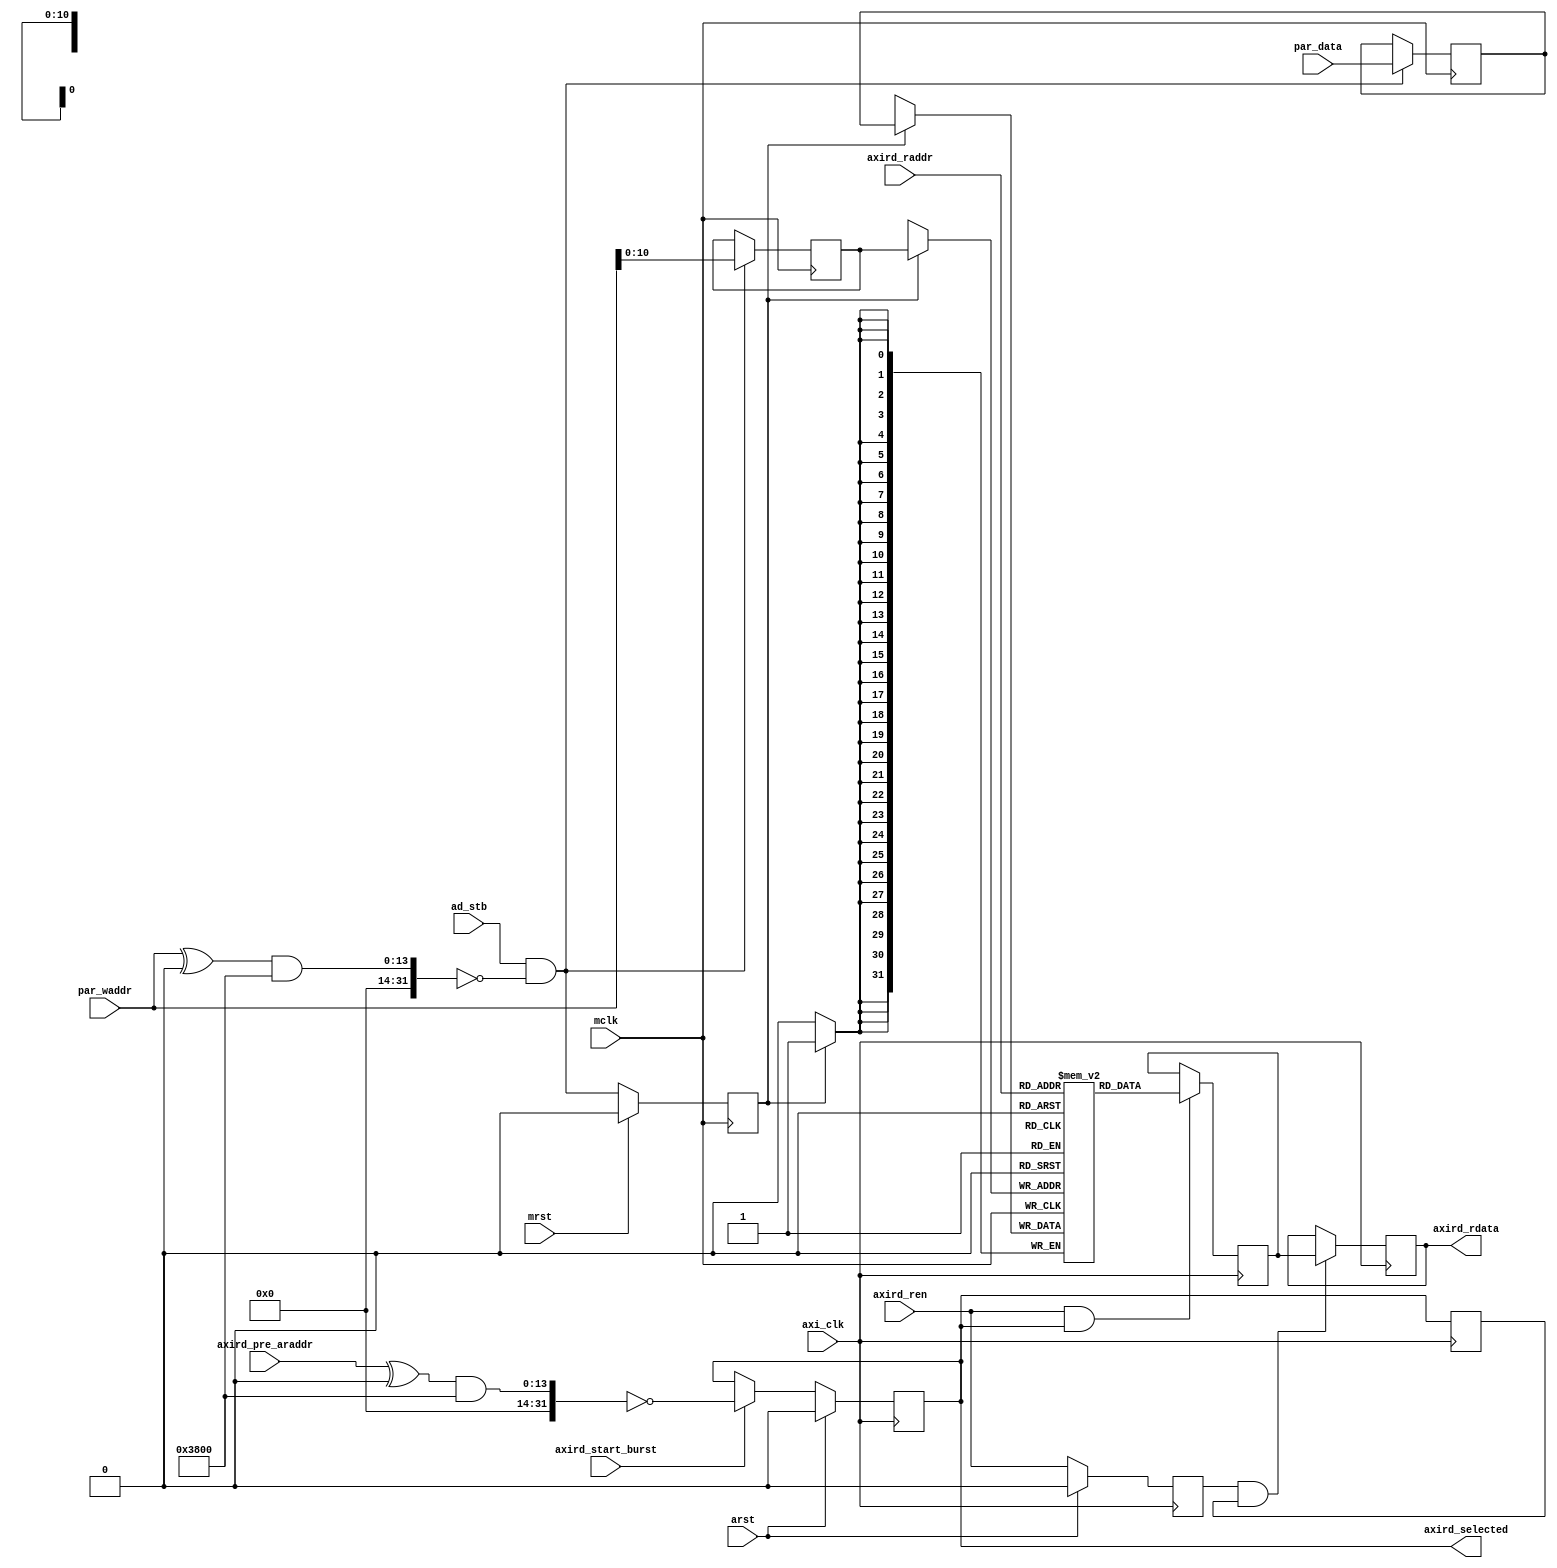
// This program was cloned from: https://github.com/Elphel/x393
// License: GNU General Public License v3.0

/*!
 * <b>Module:</b>cmd_readback
 * @file cmd_readback.v
 * @date 2015-05-05  
 * @author Andrey Filippov     
 *
 * @brief Store control register data and readback
 *
 * @copyright Copyright (c) 2015 Elphel, Inc.
 *
 * <b>License:</b>
 *
 * cmd_readback.v is free software; you can redistribute it and/or modify
 * it under the terms of the GNU General Public License as published by
 * the Free Software Foundation, either version 3 of the License, or
 * (at your option) any later version.
 *
 *  cmd_readback.v is distributed in the hope that it will be useful,
 * but WITHOUT ANY WARRANTY; without even the implied warranty of
 * MERCHANTABILITY or FITNESS FOR A PARTICULAR PURPOSE.  See the
 * GNU General Public License for more details.
 *
 * You should have received a copy of the GNU General Public License
 * along with this program.  If not, see <http://www.gnu.org/licenses/> .
 *
 * Additional permission under GNU GPL version 3 section 7:
 * If you modify this Program, or any covered work, by linking or combining it
 * with independent modules provided by the FPGA vendor only (this permission
 * does not extend to any 3-rd party modules, "soft cores" or macros) under
 * different license terms solely for the purpose of generating binary "bitstream"
 * files and/or simulating the code, the copyright holders of this Program give
 * you the right to distribute the covered work without those independent modules
 * as long as the source code for them is available from the FPGA vendor free of
 * charge, and there is no dependence on any encrypted modules for simulating of
 * the combined code. This permission applies to you if the distributed code
 * contains all the components and scripts required to completely simulate it
 * with at least one of the Free Software programs.
 */
`timescale 1ns/1ps

module  cmd_readback#(
    parameter AXI_WR_ADDR_BITS=              14,
    parameter AXI_RD_ADDR_BITS =             14,
    parameter CONTROL_RBACK_DEPTH=           11, // 10 - 1xbram, 11 - 2xbram
    
    parameter CONTROL_ADDR =             'h0000,  // AXI write address of control write registers
    parameter CONTROL_ADDR_MASK =        'h3800,  // AXI write address of control registers
    parameter CONTROL_RBACK_ADDR =       'h0000,  // AXI write address of control write registers
    parameter CONTROL_RBACK_ADDR_MASK =  'h3800   // AXI write address of control registers
)(
    input                            mrst, // @posedge mclk - sync reset
    input                            arst, // @posedge axi_clk - sync reset
    input                            mclk,
    input                            axi_clk,
    input     [AXI_WR_ADDR_BITS-1:0] par_waddr,     // parallel address
    input                     [31:0] par_data,      // parallel 32-bit data
    input                            ad_stb,        // low address output strobe (and parallel A/D)
    
    input    [AXI_RD_ADDR_BITS-1:0] axird_pre_araddr,  // status read address, 1 cycle ahead of read data
    input                           axird_start_burst, // start of read burst, valid pre_araddr, save externally to control ext. dev_ready multiplexer
    input [CONTROL_RBACK_DEPTH-1:0] axird_raddr,       //   .raddr(read_in_progress?read_address[9:0]:10'h3ff),    // read address
    input                           axird_ren,         //      .ren(bram_reg_re_w) ,      // read port enable
//    input                        axird_regen,       //==axird_ren?? - remove?   .regen(bram_reg_re_w),        // output register enable
    output                 [31:0]   axird_rdata,       // combinatorial multiplexed (add external register layer, modify axibram_read?)     .data_out(rdata[31:0]),       // data out
    output                          axird_selected    // axird_rdata contains cvalid data from this module, vcalid next after axird_start_burst

);
    localparam integer DATA_2DEPTH = (1<<CONTROL_RBACK_DEPTH)-1;
    reg  [31:0] ram [0:DATA_2DEPTH];
    reg  [CONTROL_RBACK_DEPTH-1:0] waddr;
    reg                            we;
    reg                    [31: 0] wdata;
    
    wire                           select_w;
    reg                            select_r;
    reg                            select_d;
    
    wire                           rd;
    wire                           regen;
    reg                   [31:0]   axi_rback_rdata; 
    reg                   [31:0]   axi_rback_rdata_r;
    reg                            axird_regen;
    wire                           we_w;
    
    assign we_w = ad_stb && (((par_waddr ^ CONTROL_ADDR) & CONTROL_ADDR_MASK)==0);
    assign select_w = ((axird_pre_araddr ^ CONTROL_RBACK_ADDR) & CONTROL_RBACK_ADDR_MASK)==0;
    assign rd =        axird_ren   && select_r;
    assign regen =     axird_regen && select_d;
    assign axird_rdata=axi_rback_rdata_r;
    assign axird_selected = select_r; 
    
    
    always @ (posedge axi_clk) begin
        if (arst) axird_regen <= 0;
        else      axird_regen <= axird_ren;
        
        if      (arst)              select_r <= 0;
        else if (axird_start_burst) select_r <= select_w;
    
    end
    always @ (posedge axi_clk) begin
        if (rd)       axi_rback_rdata <= ram[axird_raddr];
        if (regen)    axi_rback_rdata_r <= axi_rback_rdata;
        select_d <=   select_r;
    end
    
    always @ (posedge mclk) begin
        if (mrst) we <= 0;
        else      we <= we_w;
    end
    always @ (posedge mclk) begin
        if (we_w) wdata <= par_data;
        if (we_w) waddr <= par_waddr[CONTROL_RBACK_DEPTH-1:0];
        
    end

    always @ (posedge mclk) begin
        if (we)     ram[waddr]  <= wdata; // shifted data here
    end
    

endmodule